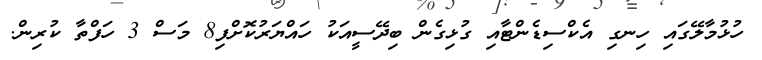
ހުޅުމާލޭގައި ހިނގި އެކްސިޑެންޓާއި ގުޅިގެން ބިދޭސީއަކު ހައްޔަރުކޮށްފި8 މަސް 3 ހަފްތާ ކުރިން.